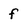
Character: f